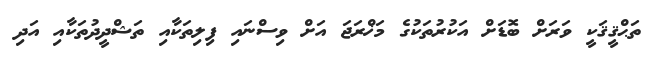
ތަޙްޤީޤަކީ ވަރަށް ބޮޑަށް އަކުރުތަކުގެ މަޚްރަޖަ އަށް ވިސްނައި ފިލިތަކާއި ތަޝްދީދުތަކާއި އަދި